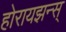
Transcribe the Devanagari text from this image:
होरायझन्स्